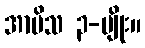
အာမိသ ၃-မျိုး။